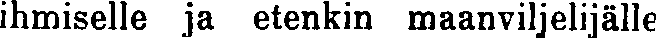
ihmiselle ja etenkin maanviljelijälle